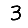
Digit: 3